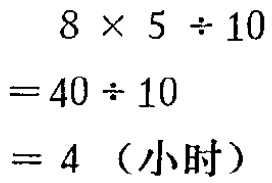
\[
\begin{align*}
&8\times5\div10\\
=&40\div10\\
=&4 \text{（小时）}
\end{align*}
\]